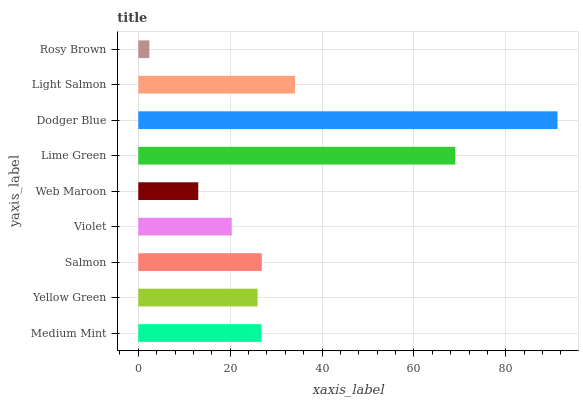
| yaxis_label | bars |
 | --- | --- |
 | Medium Mint | 26.8 |
 | Yellow Green | 26 |
 | Salmon | 26.9 |
 | Violet | 20.3 |
 | Web Maroon | 13.1 |
 | Lime Green | 69 |
 | Dodger Blue | 91.3 |
 | Light Salmon | 34.1 |
 | Rosy Brown | 2.41 |